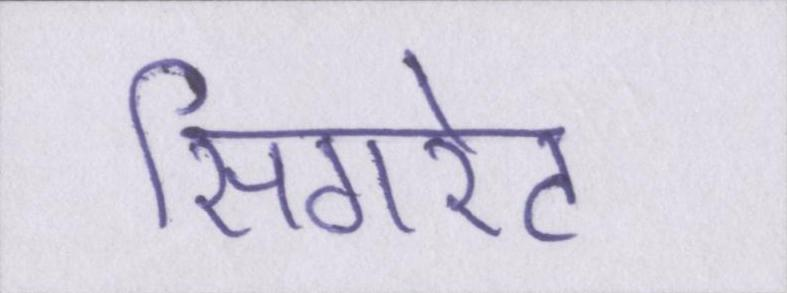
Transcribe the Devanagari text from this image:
सिगरेट